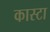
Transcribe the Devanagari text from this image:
कास्टा